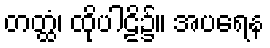
တတ္ထံ၊ ထိုပါဠိ၌။ အပရေန